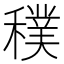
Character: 穙